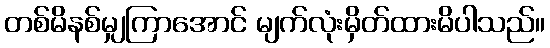
တစ်မိနစ်မျှကြာအောင် မျက်လုံးမှိတ်ထားမိပါသည်။